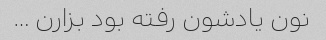
نون یادشون رفته بود بزارن …